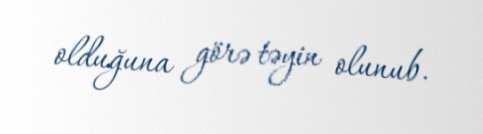
olduğuna görə təyin olunub.